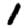
Digit: 1